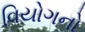
વિયોગનો